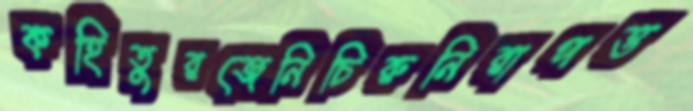
কহিতুরজেনিচিরুনিরাপত্ত